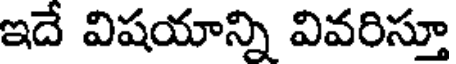
ఇదే విషయాన్ని వివరిస్తూ